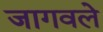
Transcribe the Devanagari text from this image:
जागवले